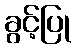
ခွင့်ပြု